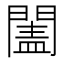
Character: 𨵯